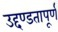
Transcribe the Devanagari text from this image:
उद्दण्डतापूर्ण